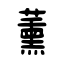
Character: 薰